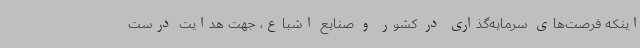
اینکه فرصت‌های سرمایه‌گذاری در کشور و صنایع اشباع، جهت هدایت درست